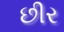
છીર